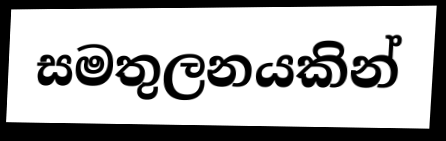
සමතුලනයකින්